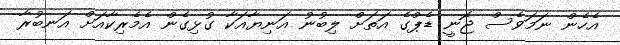
އެހެން ނަމަވެސް ޖޮނީ ޑެޕްގެ އަތަށް ލިބުނު އަނިޔާއަކާ ގުޅިގެން އެމެރިކާއަށް އަނބުރާ